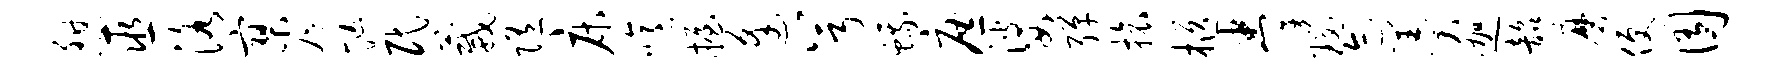
憩巫洛寥咫忙民葳随床噫握逢兮蛾庶婆弹旅柩拳瑙迹羹迦韶磨便囿